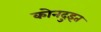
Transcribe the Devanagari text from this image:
कोनदुइत